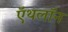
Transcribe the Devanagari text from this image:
ऍथलॉन